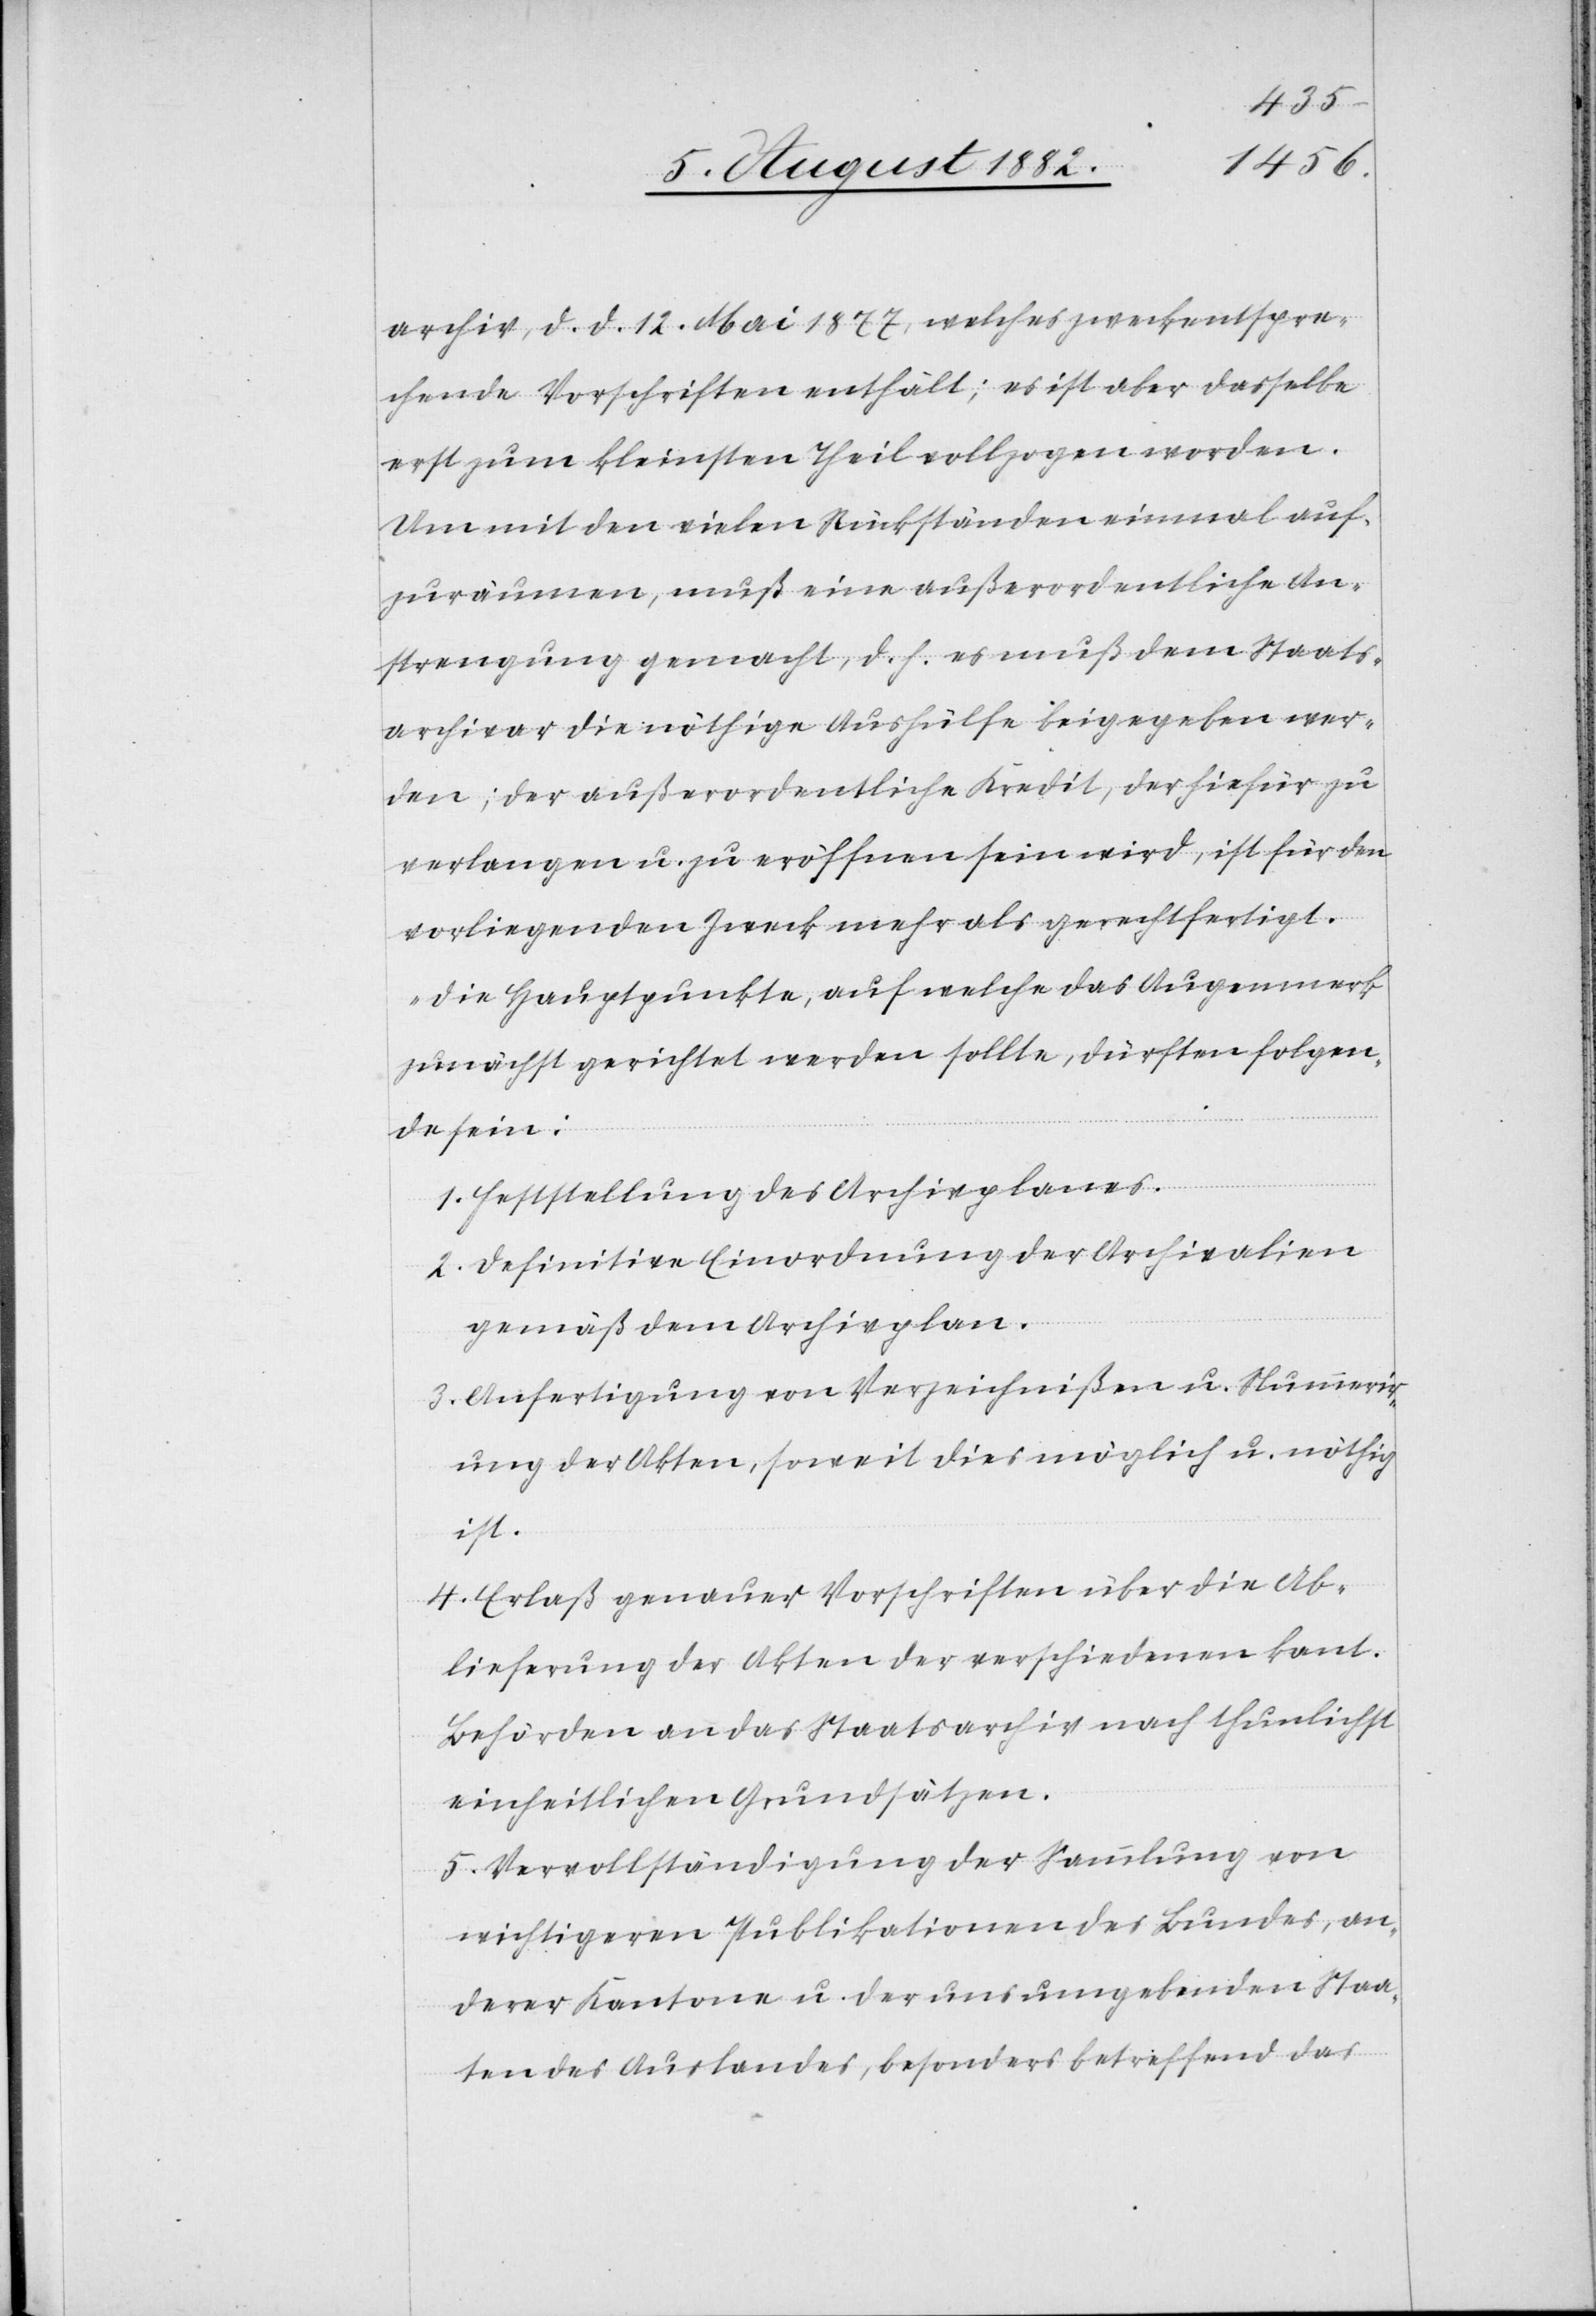
archiv, d. d. 12. Mai 1877, welches zweckentspre¬
chende Vorschriften enthält; es ist aber dasselbe
erst zum kleinsten Theil vollzogen worden.
Um mit den vielen Rückständen einmal auf¬
zuräumen, muß eine außerordentliche An¬
strengung gemacht, d. h. es muß dem Staats¬
archive die nöthige Aushülfe beigegeben wer¬
den; der außerordentliche Kredit, der hiefür zu
verlangen u. zu eröffnen sein wird, ist für den
vorliegenden Zweck mehr als gerechtfertigt.
Die Hauptpunkte, auf welche das Augenmerk
zunächst gerichtet werden sollte, dürften folgen¬
de sein:
1. Feststellung des Archivplanes.
2. Definitive Einordnung der Archivalien
gemäß dem Archivplan.
3. Anfertigung von Verzeichnißen u. Nummerir¬
ung der Akten, soweit dies möglich u. nöthig
ist.
4. Erlaß genauer Vorschriften über die Ab¬
lieferung der Akten der verschiedenen kant.
Behörden an das Staatsarchiv nach thunlichst
einheitlichen Grundsätzen.
5. Vervollständigung der Sammlung von
wichtigern Publikationen des Bundes, an¬
derer Kantone u. der uns umgebenden Staa¬
ten des Auslandes, besonders betreffend das